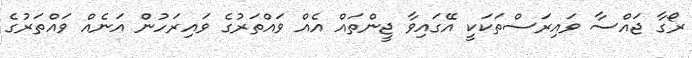
ރޯގާ ޖައްސާ ވައިރަސްތަކަކީ އޭގައިވާ ޖީންތައް އެއް ވައްތަރުގެ ވައިރަހުން އަނެއް ވައްތަރުގެ